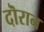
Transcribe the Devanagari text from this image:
दॊरान